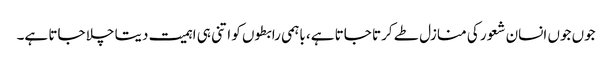
جوں جوں انسان شعور کی منازل طے کرتا جاتا ہے، باہمی رابطوں کو اتنی ہی اہمیت دیتا چلا جاتا ہے۔